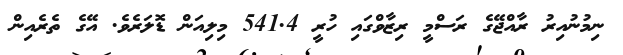
ނިމުނުއިރު ރާއްޖޭގެ ރަސްމީ ރިޒާވްގައި ހުރީ 541.4 މިލިއަން ޑޮލަރެވެ. އޭގެ ތެރެއިން